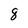
Character: 8